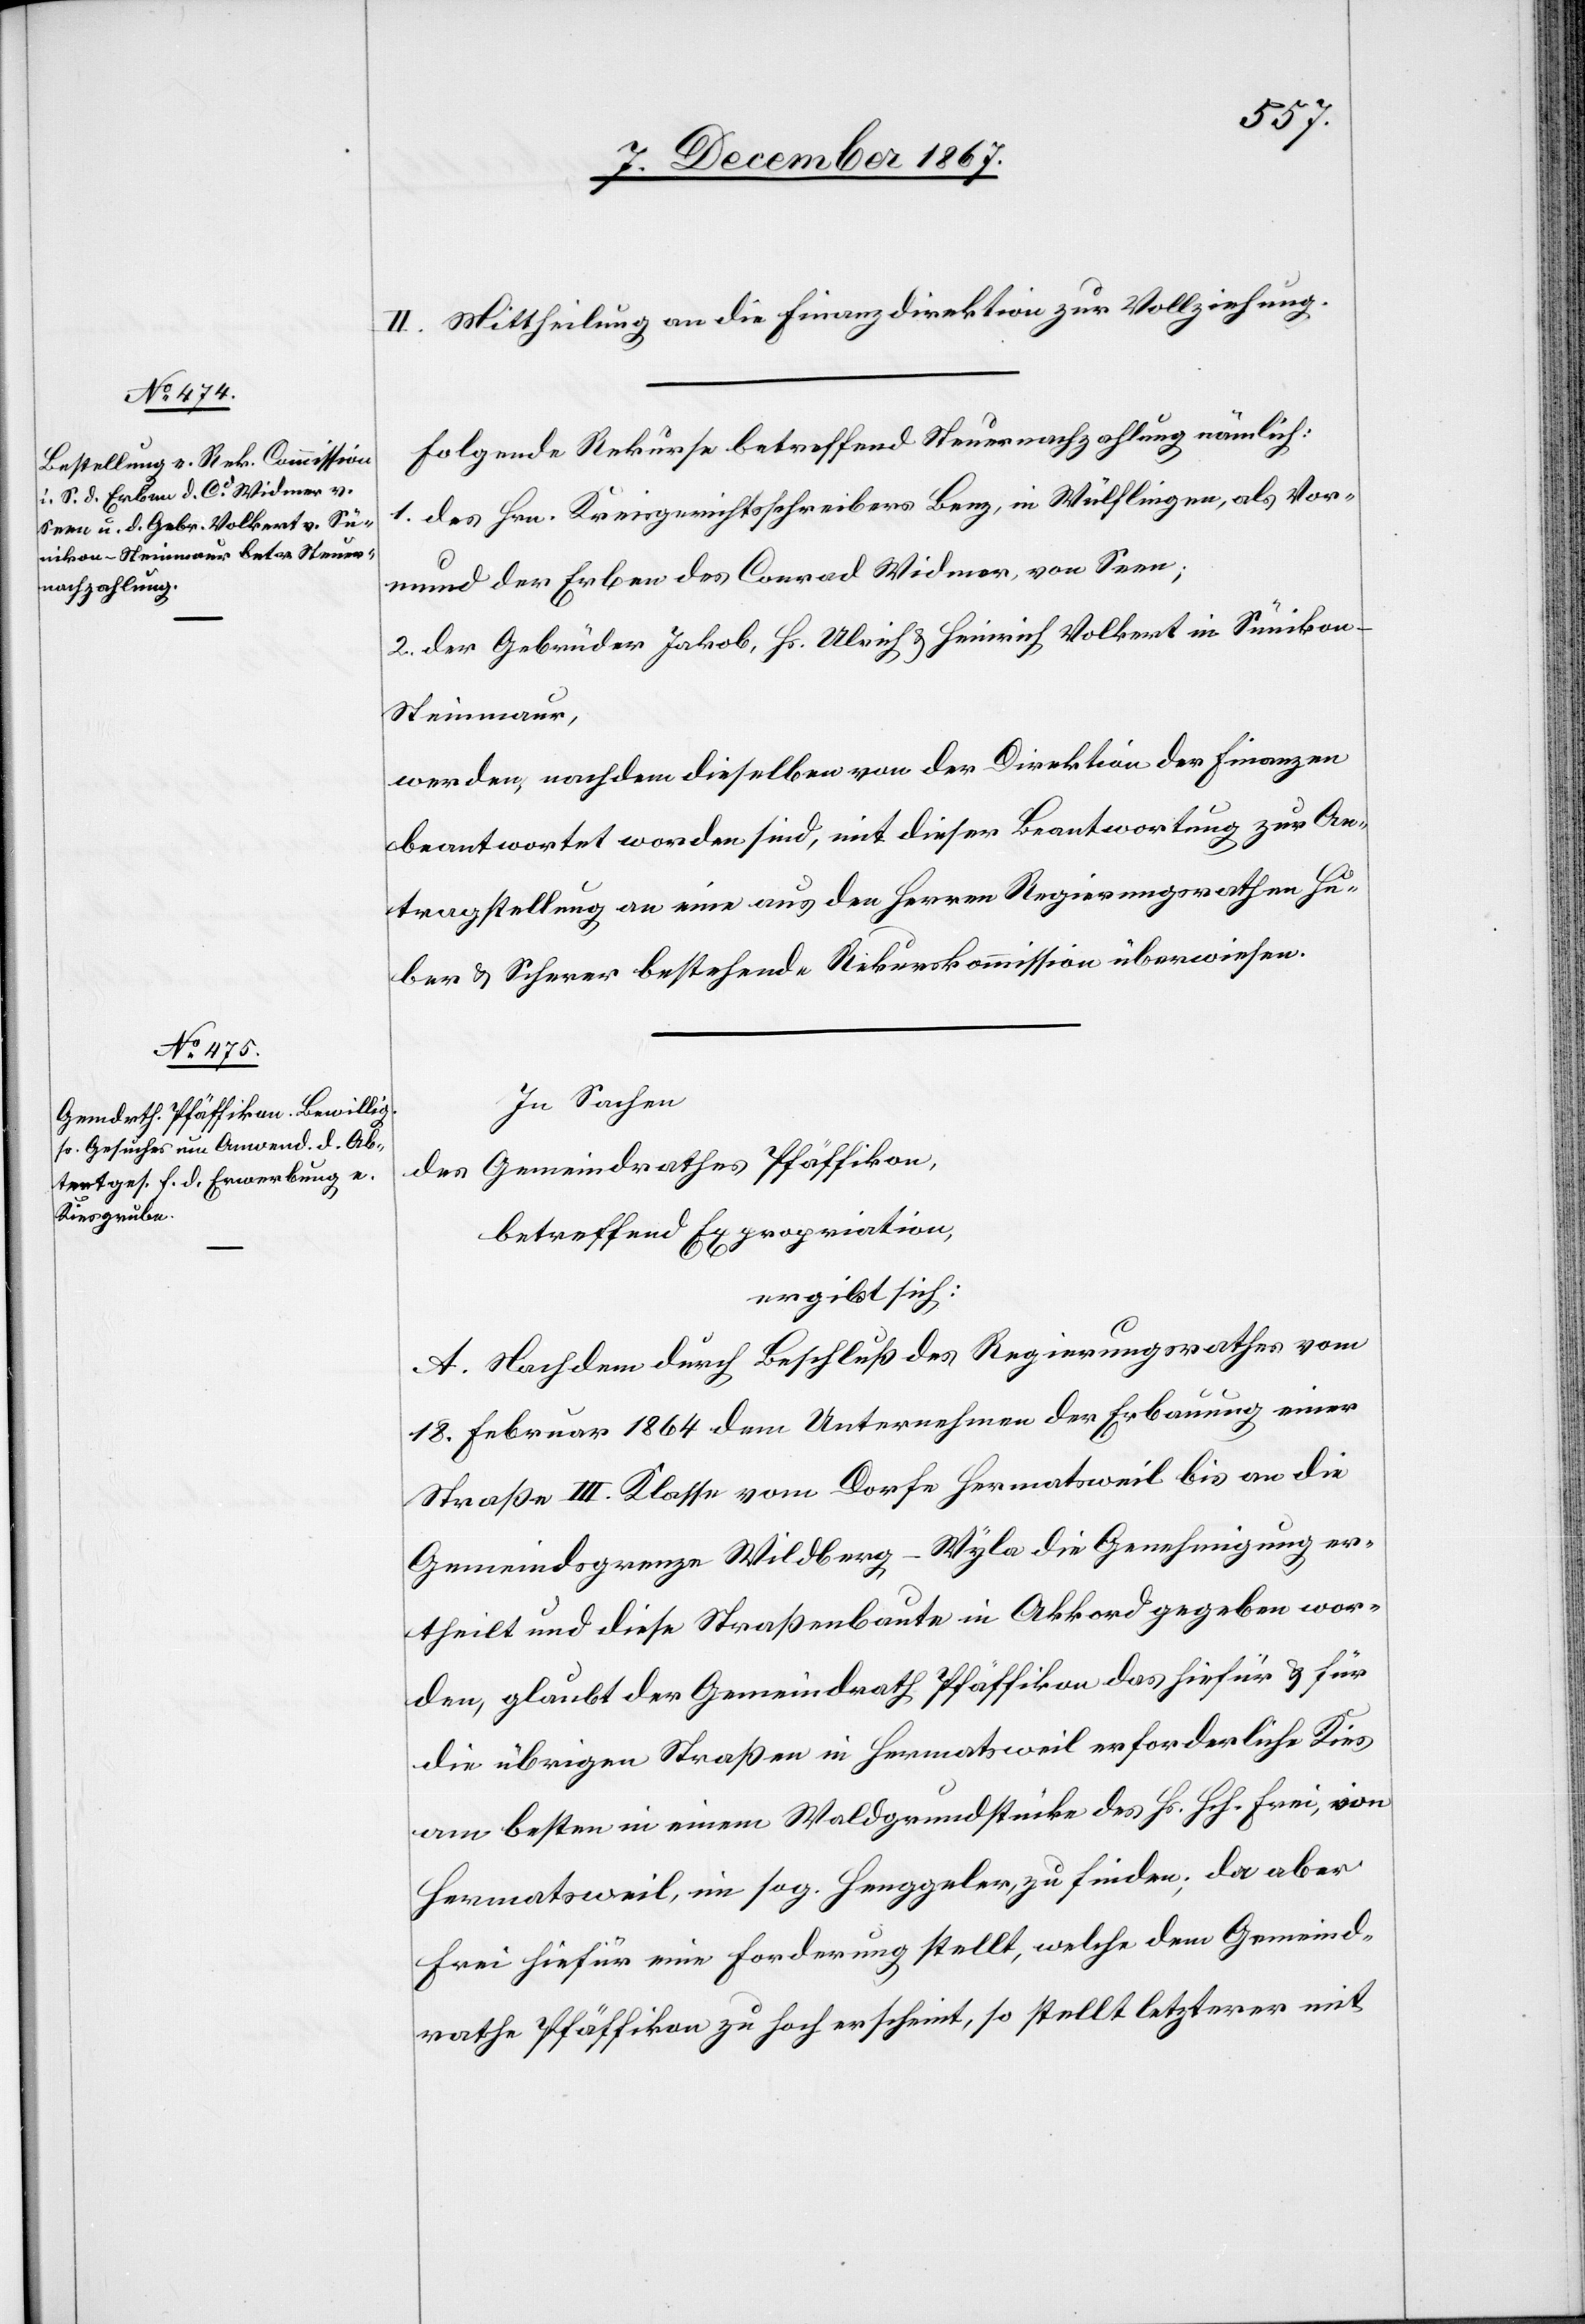
II. Mittheilung an die Finanzdirektion zur Vollziehung.
Folgende Rekurse betreffend Steuernachzahlung nämlich:
1. des Hrn. Kreisgerichtsschreiber Benz, in Wülflingen, als Vor¬
mund der Erben des Conrad Widmer, von Seen;
2. der Gebrüder Jakob, Hs. Ulrich u. Heinrich Volkert in Süniko¬
n-Steinmaur,
werden, nachdem dieselben von der Direktion der Finanzen
beantwortet worden sind, mit dieser Beantwortung zur An¬
tragstellung an eine aus den Herren Regierungsräthen Hu¬
ber u. Scherer bestehende Rekurskommission überwiesen.
In Sachen
des Gemeindrathes Pfäffikon,
betreffend Expropriation,
ergibt sich:
A. Nachdem durch Beschluß des Regierungsrathes vom
18. Februar 1864 dem Unternehmen der Erbauung einer
Straße III. Klasse vom Dorfe Hermatsweil bis an die
Gemeindgrenze Wildberg–Wyla die Genehmigung er¬
theilt und diese Straßenbaute in Akkord gegeben wor¬
den, glaubt der Gemeindrath Pfäffikon das hiefür u. für
die übrigen Straßen in Hermatsweil erforderliche Kies
am besten in einem Waldgrundstücke des Hs. Hch. Frei, von
Hermatsweil, im sog. Henggeler, zu finden; da aber
Frei hiefür eine Forderung stellt, welche dem Gemeind¬
rath Pfäffikon zu hoch erscheint, so stellt letzterer mit